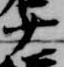
少